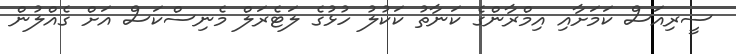
ސީރިއަސް ކަމަށާއި އިމްރާންގެ ކަނާތު ކަކުލު ހުޅުގެ ލަޓެރަލް މެނިސްކަސް އަށް ގެއްލުން